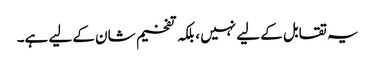
یہ تقابل کے لیے نہیں ، بلکہ تفخیم شان کے لیے ہے۔